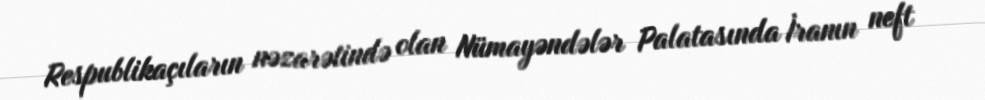
Respublikaçıların nəzarətində olan Nümayəndələr Palatasında İranın neft